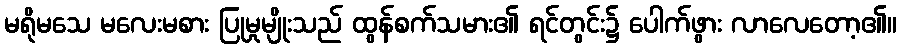
မရိုမသေ မလေးမစား ပြုမှုမျိုးသည် ထွန်စက်သမား၏ ရင်တွင်း၌ ပေါက်ဖွား လာလေတော့၏။